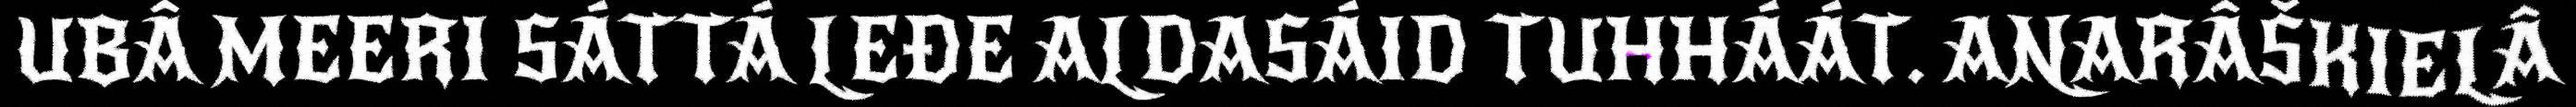
UBÂ MEERI SÁTTÁ LEĐE ALDASÁID TUHHÁÁT. ANARÂŠKIELÂ